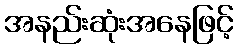
အနည်းဆုံးအနေဖြင့်